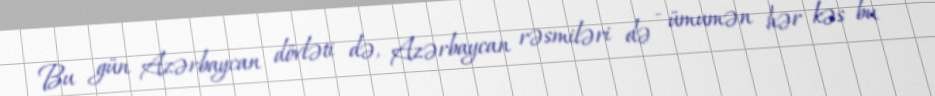
Bu gün Azərbaycan dövləti də, Azərbaycan rəsmiləri də - ümumən hər kəs bu